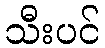
သီးပင်